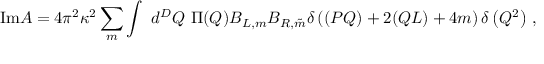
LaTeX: \mathrm { I m } A = 4 \pi ^ { 2 } \kappa ^ { 2 } \sum _ { m } \int ~ d ^ { D } Q ~ \Pi ( Q ) B _ { L , m } B _ { R , \tilde { m } } \delta \left( ( P Q ) + 2 ( Q L ) + 4 m \right) \delta \left( Q ^ { 2 } \right) \, ,